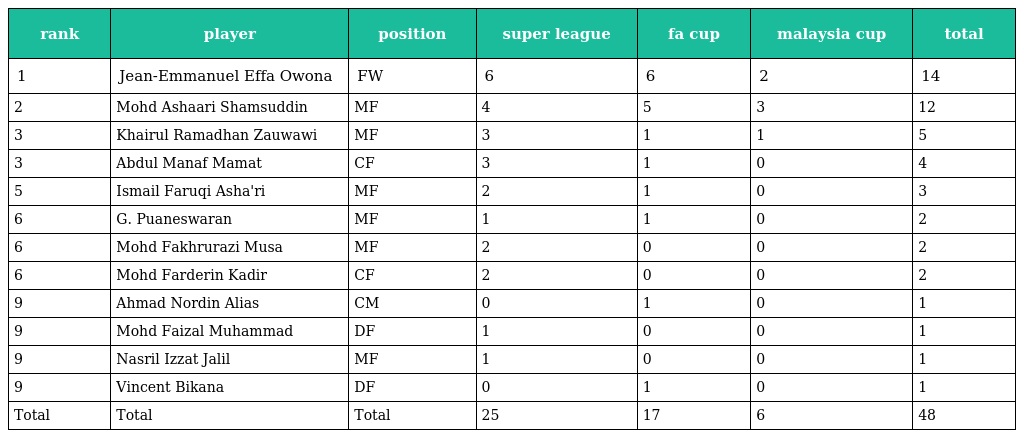
| rank | player | position | super league | fa cup | malaysia cup | total |
 | --- | --- | --- | --- | --- | --- | --- |
 | 1 | Jean-Emmanuel Effa Owona | FW | 6 | 6 | 2 | 14 |
 | 2 | Mohd Ashaari Shamsuddin | MF | 4 | 5 | 3 | 12 |
 | 3 | Khairul Ramadhan Zauwawi | MF | 3 | 1 | 1 | 5 |
 | 3 | Abdul Manaf Mamat | CF | 3 | 1 | 0 | 4 |
 | 5 | Ismail Faruqi Asha'ri | MF | 2 | 1 | 0 | 3 |
 | 6 | G. Puaneswaran | MF | 1 | 1 | 0 | 2 |
 | 6 | Mohd Fakhrurazi Musa | MF | 2 | 0 | 0 | 2 |
 | 6 | Mohd Farderin Kadir | CF | 2 | 0 | 0 | 2 |
 | 9 | Ahmad Nordin Alias | CM | 0 | 1 | 0 | 1 |
 | 9 | Mohd Faizal Muhammad | DF | 1 | 0 | 0 | 1 |
 | 9 | Nasril Izzat Jalil | MF | 1 | 0 | 0 | 1 |
 | 9 | Vincent Bikana | DF | 0 | 1 | 0 | 1 |
 | Total | Total | Total | 25 | 17 | 6 | 48 |